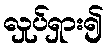
လှုပ်ရှား၍